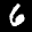
Label: 6